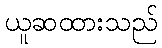
ယူဆထားသည်